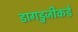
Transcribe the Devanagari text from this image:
डागडुजीकडे